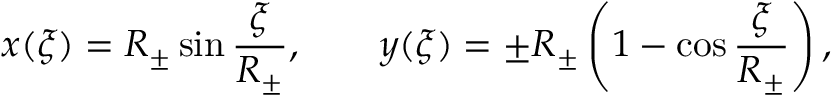
x ( \xi ) = R _ { \pm } \sin \frac { \xi } { R _ { \pm } } , \qquad y ( \xi ) = \pm R _ { \pm } \left( 1 - \cos \frac { \xi } { R _ { \pm } } \right) ,